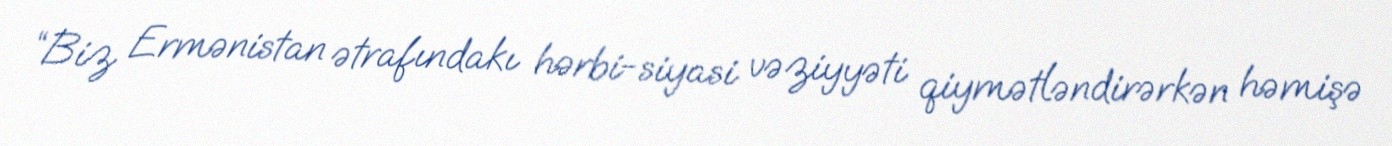
“Biz Ermənistan ətrafındakı hərbi-siyasi vəziyyəti qiymətləndirərkən həmişə